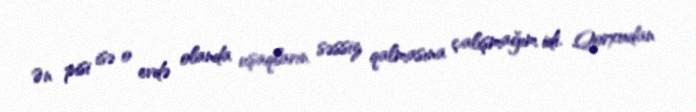
Ən pisi isə o evdə olanda uşaqların səssiz qalmasına çalışmağım idi. Qorxudan